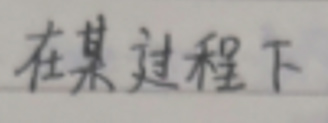
在某过程下